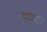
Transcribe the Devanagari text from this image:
पटपरा